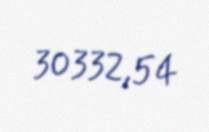
30332,54